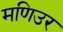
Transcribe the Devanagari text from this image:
मणिउर